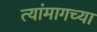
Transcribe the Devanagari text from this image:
त्यांमागच्या